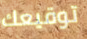
توقيعك